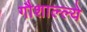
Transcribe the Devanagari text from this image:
गौशाल्ल्ये